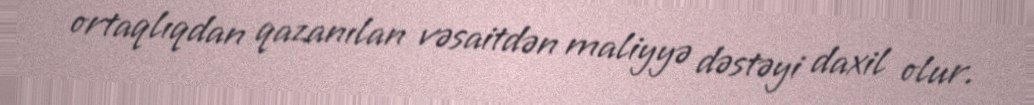
ortaqlıqdan qazanılan vəsaitdən maliyyə dəstəyi daxil olur.